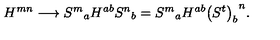
H ^ { m n } \longrightarrow { S ^ { m } } _ { a } H ^ { a b } { S ^ { n } } _ { b } = { S ^ { m } } _ { a } H ^ { a b } { \left( S ^ { t } \right) _ { b } } ^ { n } .